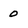
Character: 0